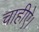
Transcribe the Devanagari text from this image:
चाहीऐ।